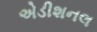
એડીશનલ